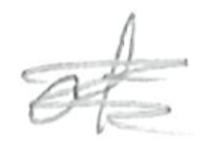
Text: of
Cross-out: scratch
Writing tool: pencil